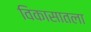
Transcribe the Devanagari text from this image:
विकासातला